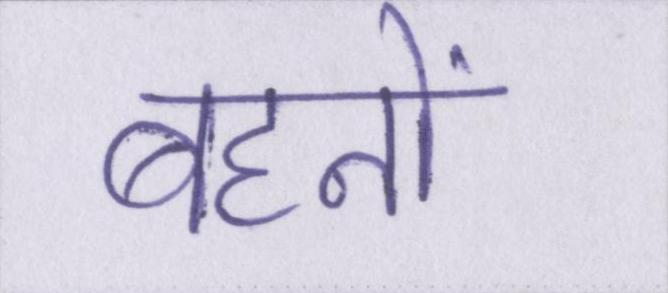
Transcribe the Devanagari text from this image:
बहनों